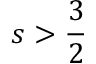
s > \frac { 3 } { 2 }